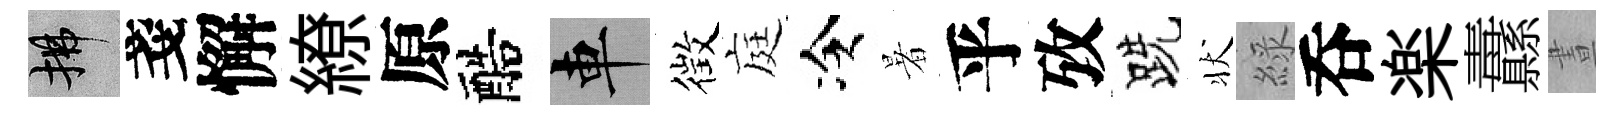
拂戔懈繚原醅車徴庭冷暑乎攷跣状綠呑楽纛晝